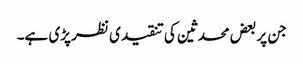
جن پر بعض محدثین کی تنقیدی نظر پڑی ہے۔